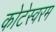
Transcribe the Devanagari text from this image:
कोटेस्वरम